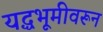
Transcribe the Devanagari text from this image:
यद्धभूमीवरून